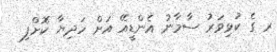
ރ ގެ ކުޅިވަރު ސާމާނު އެންޑީއޭ އަށް ހަދިޔާ ކޮށްފި